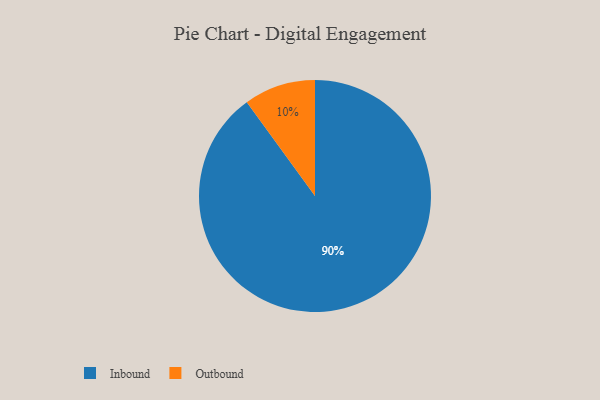
{"axis": {"x": "Category", "y": "Percentage"}, "legend": ["Inbound", "Outbound"], "data": [{"x": "Inbound", "y": 90, "type": "Inbound"}, {"x": "Outbound", "y": 10, "type": "Outbound"}]}